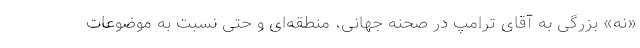
«نه» بزرگی به آقای ترامپ در صحنه جهانی، منطقه‌ای و حتی نسبت به موضوعات